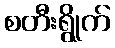
စတီးရွိုက်